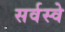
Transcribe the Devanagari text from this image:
सर्वस्वे